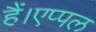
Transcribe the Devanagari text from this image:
हैं।एप्पल